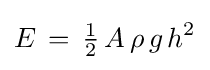
E\,=\,{\tfrac {1}{2}}\,A\,\rho \,g\,h^{2}